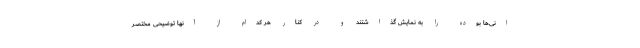
انی‌ها بوده را به نمایش گذاشتند و در کنار هر کدام از آنها توضیحی مختصر